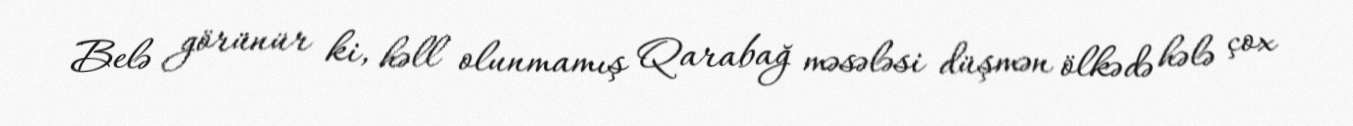
Belə görünür ki, həll olunmamış Qarabağ məsələsi düşmən ölkədə hələ çox